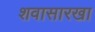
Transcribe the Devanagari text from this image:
शवासारखा